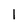
Character: l